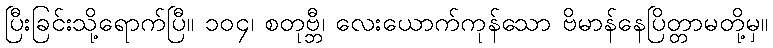
ပြီးခြင်းသို့ရောက်ပြီ။ ၁၀၄၊ စတုဗ္ဘီ၊ လေးယောက်ကုန်သော ဗိမာန်နေပြိတ္တာမတို့မှ။